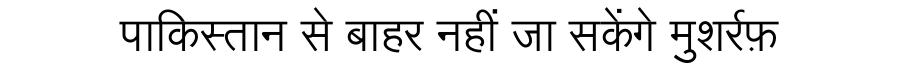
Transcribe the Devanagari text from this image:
पाकिस्तान से बाहर नहीं जा सकेंगे मुशर्रफ़